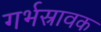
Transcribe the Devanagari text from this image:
गर्भस्रावक